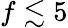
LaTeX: f\lesssim 5